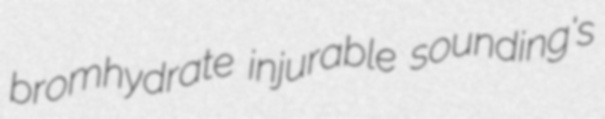
bromhydrate injurable sounding's